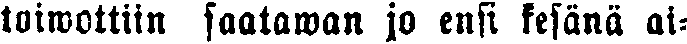
toiwottiin saatawan jo ensi kesänä ai-